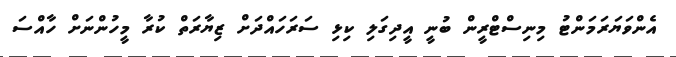
އެންވަޔަރަމަންޓު މިނިސްޓްރީން ބުނީ އީދިގަލި ކިޅި ސަރަހައްދަށް ޒިޔާރަތް ކުރާ މީހުންނަށް ހާއްސަ